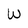
Character: W